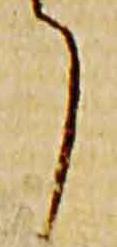
了